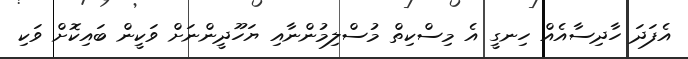
އެފަދަ ހާދިސާއެއް ހިނގީ އެ މިސްކިތް މުސްލިމުންނާއި ޔަހޫދީންނަށް ވަކީން ބައިކޮށް ވަކި